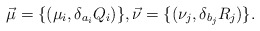
\begin{align*} \vec{\mu} = \{(\mu_i, \delta_{a_i}Q_i) \}, \vec{\nu}= \{ (\nu_j, \delta_{b_j}R_j) \}.\end{align*}